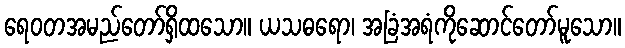
ရေဝတအမည်တော်ရှိထသော။ ယသဓရော၊ အခြံအရံကိုဆောင်တော်မူသော။